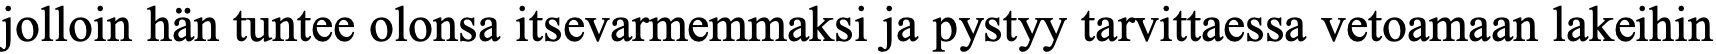
jolloin hän tuntee olonsa itsevarmemmaksi ja pystyy tarvittaessa vetoamaan lakeihin